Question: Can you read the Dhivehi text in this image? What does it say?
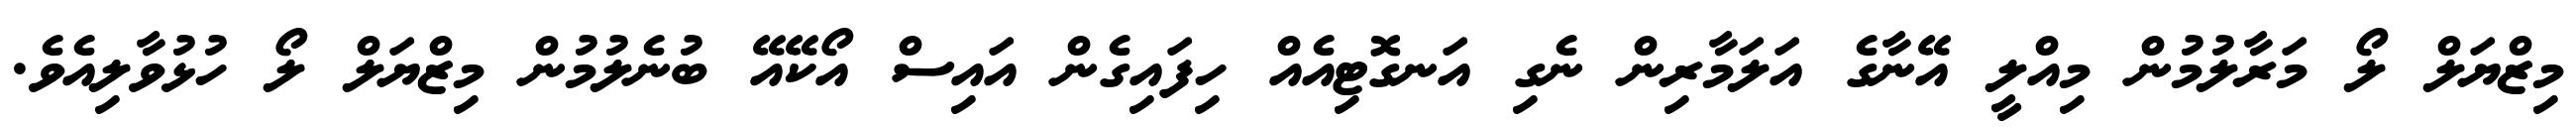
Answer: މިޒްޔަލް ލޯ މަރާލުމުން މިއްލީ އޭނާގެ އަލަމާރިން ނެގި އަނގޮޓިއެއް ހިފައިގެން އައިސް އޯކޭއޭ ބުނެލުމުން މިޒްޔަލް ލޯ ހުޅުވާލިއެވެ.